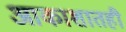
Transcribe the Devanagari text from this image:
आकाशातही